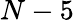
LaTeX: N-5